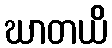
ဃာတယိ